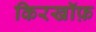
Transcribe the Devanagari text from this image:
किरखॉफ़